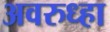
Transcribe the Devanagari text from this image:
अवरुध्हा